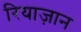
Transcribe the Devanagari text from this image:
रियाज़ान